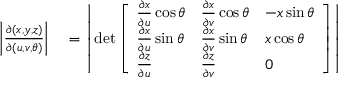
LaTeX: \begin{array} { r l } { \left| { \frac { \partial ( x , y , z ) } { \partial ( u , v , \theta ) } } \right| } & { { } = \left| \operatorname* { d e t } { \left[ \begin{array} { l l l } { { \frac { \partial x } { \partial u } } \cos \theta } & { { \frac { \partial x } { \partial v } } \cos \theta } & { - x \sin \theta } \\ { { \frac { \partial x } { \partial u } } \sin \theta } & { { \frac { \partial x } { \partial v } } \sin \theta } & { x \cos \theta } \\ { { \frac { \partial z } { \partial u } } } & { { \frac { \partial z } { \partial v } } } & { 0 } \end{array} \right] } \right| } \end{array}